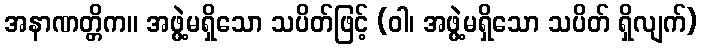
အနာဏတ္တိက။ အဖွဲ့မရှိသော သပိတ်ဖြင့် (ဝါ၊ အဖွဲ့မရှိသော သပိတ် ရှိလျက်)